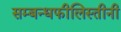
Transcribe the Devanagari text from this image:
सम्बन्धफीलिस्तीनी